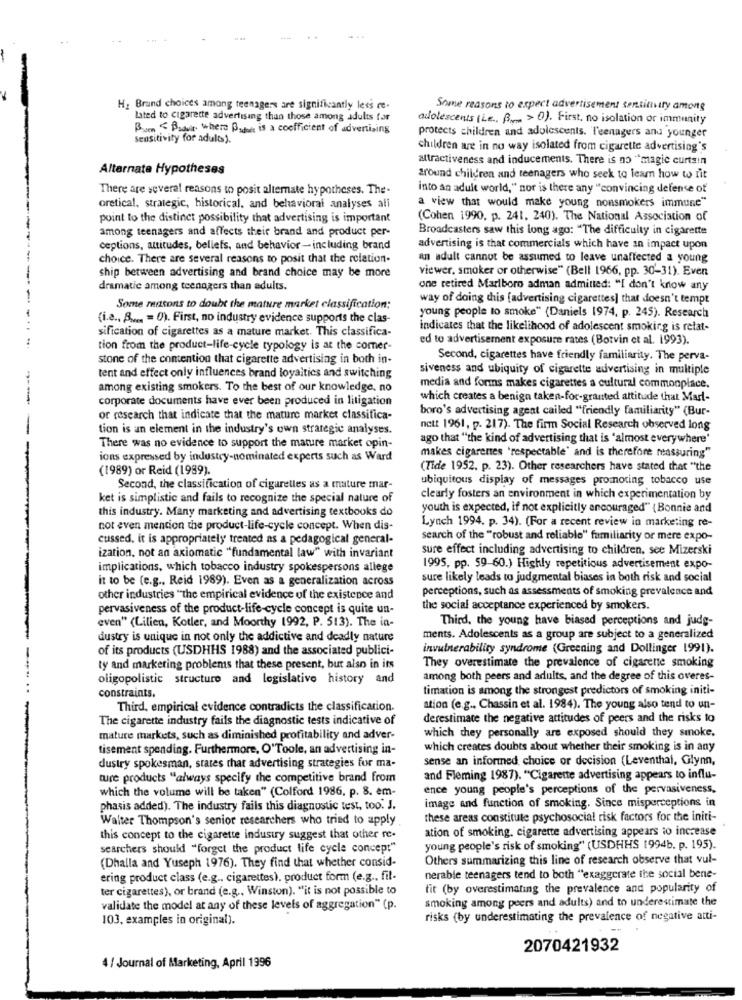
H: Brand choices among teenagers are significantly less re-
Some reasons to expect advertisement sensitivity among
lated to cigarette advertising than those among adults for
adolescents (Le, B > 0). First, no isolation or immunity
Burn < Prowin where Bidon is a coefficient of advertising
Sensitivity for adults).
protects children and adolescents. Teenagers and younger
children are in no way isolated from cigarette advertising's
attractiveness and inducements. There is no "magic curtain
Alternate Hypotheses
around children and teenagers who seek to learn how to rit
There are several reasons to posit alternate hypotheses. The-
into an adult world," nor is there any "convincing defense of
oretical, strategic, historical, and behavioral analyses ali
a view that would make young nonsmokers immune"
point to the distinct possibility that advertising is important
(Cohen 1990, p. 241, 240). The National Association of
among teenagers and affects their brand and product per-
Broadcasters saw this long ago: "The difficulty in cigarette
ceptions, attitudes, beliefs, and behavior-including brand
advertising is that commercials which have an impact upon
choice. There are several reasons to posit that the relation-
an adult cannot be assumed to leave unaffected a young
viewer, smoker or otherwise" (Bell 1966, pp. 30-31). Even
ship between advertising and brand choice may be more
dramatic among teenagers than adults.
one retired Marlboro adman admitted: "I don't know any
way of doing this [advertising cigarettes] that doesn't tempt
Some reasons to doubt the mature market classification:
(i.e ., A .... = 0). First, no industry evidence supports the clas-
young people to smoke" (Daniels 1974, p. 245). Research
sification of cigarettes as a mature market. This classifica-
indicates that the likelihood of adolescent smoking is retat-
ed to advertisement exposure rates (Botvin et al. 1993).
tion from the product-life-cycle typology is at the comer-
stone of the contention that cigarette advertising in both in-
Second, cigarettes have friendly familiarity. The perva-
siveness and ubiquity of cigarette advertising in multiple
tent and effect only influences brand loyalties and switching
among existing smokers. To the best of our knowledge, no
media and forms makes cigarettes a cultural commonplace.
corporate documents have ever been produced in litigation
which creates a benign taken-for-granted attitude that Marl-
boro's advertising agent cailed "friendly familiarity" (Bur-
or research that indicate that the mature market classifica-
tion is an element in the industry's own strategic analyses.
nett 1961, p. 217). The firm Social Research observed long
ago that "the kind of advertising that is 'almost everywhere'
There was no evidence to support the mature market opin-
makes cigarenes 'respectable' and is therefore reassuring"
ions expressed by industry-nominated experts such as Ward
(1989) or Reid (1989).
(Tide 1952. p. 23). Other researchers have stated that "the
ubiquitous display of messages promoting tobacco use
Second, the classification of cigarelles as a mature mar-
ket is simplistic and fails to recognize the special nature of
clearly fosters an environment in which experimentation by
this industry. Many marketing and advertising textbooks do
youth is expected, if not explicitly encouraged" {Bonnie and
not even mention the product-life-cycle concept. When dis-
Lynch 1994. p. 34). (For a recent review in marketing re-
cussed. it is appropriately treated as a pedagogical general-
search of the "robust and reliable" familiarity or mere expo-
sure effect including advertising to children. see Mizerski
ization, not an axiomatic "fundamental law" with invariant
implications, which tobacco industry spokespersons allege
1995, pp. 59-60.) Highly repetitious advertisement expo-
it to be (e.g ., Reid 1989). Even as a generalization across
sure likely leads to judgmental biases in both risk and social
perceptions, such as assessments of smoking prevalence and
other industries "the empirical evidence of the existence and
pervasiveness of the product-life-cycle concept is quite un-
the social acceptance experienced by smokers.
even" (Lilien, Kotler, and Moorthy 1992, P. 513). The in-
Third, the young have biased perceptions and judg-
dustry is unique in not only the addictive and deadly nature
ments. Adolescents as a group are subject to a generalized
of its products (USDHHS 1988) and the associated publici-
invulnerability syndrome (Greening and Dollinger 1991).
ty and marketing problems that these present, but also in its
They overestimate the prevalence of cigarette smoking
oligopolistic structure and legislative history and
among both peers and adults, and the degree of this overes-
timation is among the strongest predictors of smoking initi-
constraints.
Third, empirical evidence contradicts the classification.
ation (e.g ., Chassin et al. 1984). The young also tend to un-
The cigarette industry fails the diagnostic tests indicative of
derestimate the negative attitudes of peers and the risks to
which they personally are exposed should they smoke.
mature markets, such as diminished profitability and adver-
tisement spending. Furthermore, O'Toole, an advertising in-
which creates doubts about whether their smoking is in any
sense an informed choice or decision (Leventhal, Glynn,
dustry spokesman, states that advertising strategies for ma-
ture products "always specify the competitive brand from
and Fleming 1987). "Cigarette advertising appears to influ-
ence young people's perceptions of the pervasiveness,
which the volume will be taken" (Colford 1986, p. 8. em-
phasis added). The industry fails this diagnostic test, too. J.
image and function of smoking. Since misperceptions in
Walter Thompson's senior researchers who tried to apply
these areas constitute psychosocial risk factors for the initi-
ation of smoking, cigarette advertising appears to increase
this concept to the cigarette industry suggest that other re-
searchers should "forget the product life cycle concept"
young people's risk of smoking" (USDHHS 1994b. p. 195).
(Dhalla and Yuseph 1976). They find that whether consid-
Others summarizing this line of research observe that vul-
ering product class (e.g ., cigarettes), product form (e.g ., fil-
nerable teenagers tend to both "exaggerate the social bene-
ter cigarettes), or brand (e.g ., Winston). "it is not possible to
fit (by overestimating the prevalence and popularity of
smoking among peers and adults) and to underestimate the
validate the model at any of these levels of aggregation" (p.
103, examples in original).
risks (by underestimating the prevalence of negative atti-
2070421932
4 / Journal of Marketing, April 1996